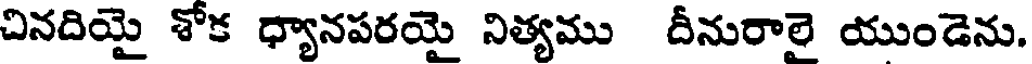
చినదియై శోక ధ్యానపరయై నిత్యము దీనురాలై యుండెను.